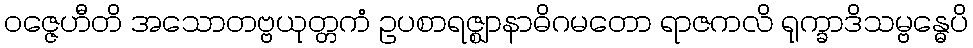
ဝဇ္ဇေဟီတိ အသောတဗ္ဗယုတ္တကံ ဥပစာရဇ္ဈာနာဓိဂမတော ရာဇကလိ ရုက္ခာဒိသမ္ဗန္ဓေပိ